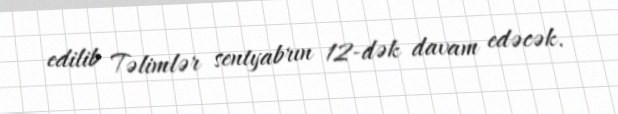
edilib Təlimlər sentyabrın 12-dək davam edəcək.